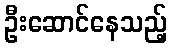
ဦးဆောင်နေသည့်